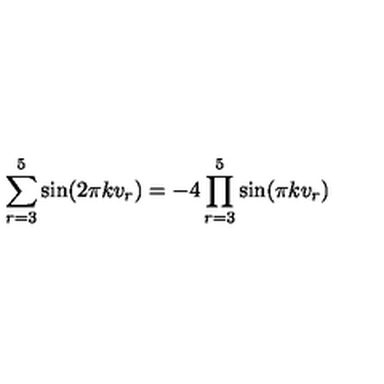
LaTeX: \sum _ { r = 3 } ^ { 5 } \sin ( 2 \pi k v _ { r } ) = - 4 \prod _ { r = 3 } ^ { 5 } \sin ( \pi k v _ { r } )